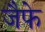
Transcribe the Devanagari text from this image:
जैफे